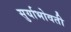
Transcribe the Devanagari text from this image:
सुर्याभोवती